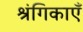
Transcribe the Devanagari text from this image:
श्रंगिकाएँ